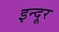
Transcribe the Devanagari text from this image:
इन्दूर